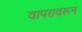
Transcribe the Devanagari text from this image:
वापरावरून